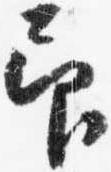
仰